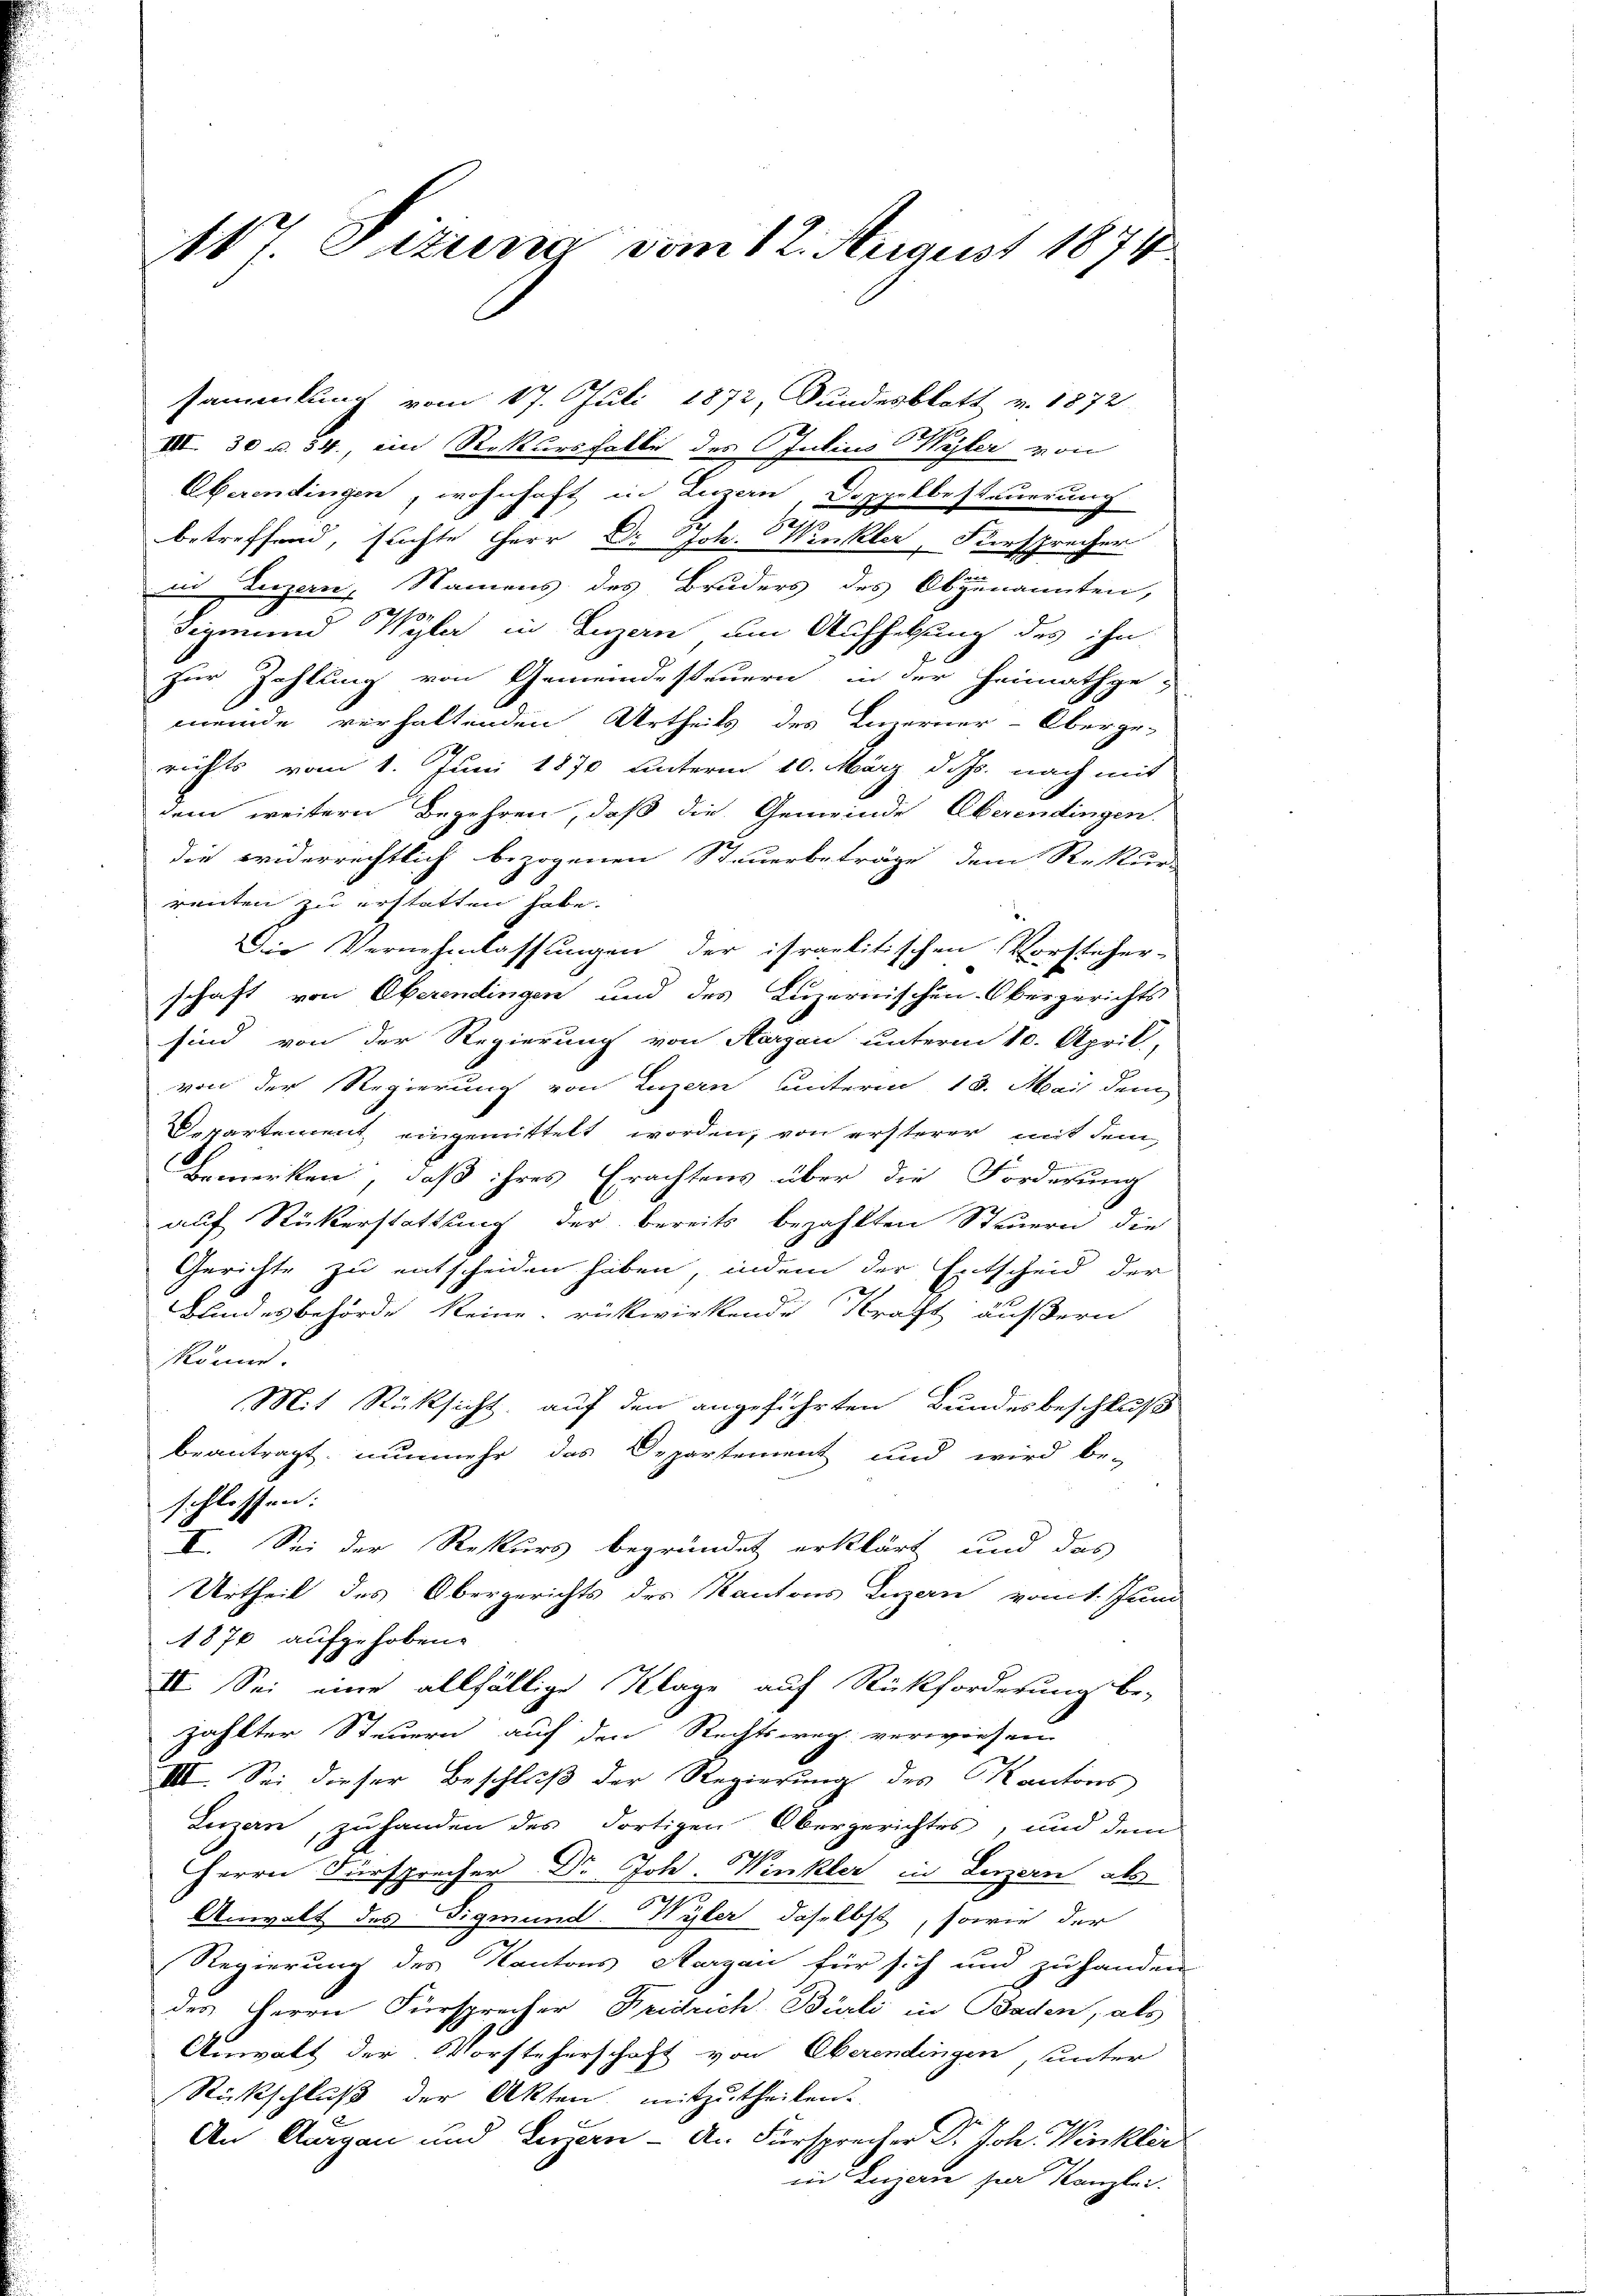
107. Dizung vom 12. August 1874

sammlung vom 17. Juli 1872, Bundesblatt v. 1872
III. 30 u. 34., von Rekursgatte des Julius Wyler von
Abeendingen, wohnhaft in Luzern Doppelbesteuerung
u
betreffend, suchte Herr Dr Joh. Winkler, Fürsprecher
in Luzern, Namens des Bruders des Obgenannten,
6
digen und Wyla in Luzern um Aufhelfung des ihn
zur Zahlung von Gemeindesteuern in der Heimathgemeinde verhaltenden Urtheils des Luzerner-Oberge-
richts vom 1. Juni 1870 unterm 10. März d. Js. nach mit
dem weitern Begehren, daß die Gemeinde Oberendingen.
die widerrechtlich bezogenen Steuerbeträge dem Rekur-
renten zu erstatten habe.
Die Vernehmlassungen der israelitischen Vorsteher-
schaft von Oberendingen und des Luzernischen Obergerichts
sind von der Regierung von Aargau unterm 10. April.
von der Regierung von Luzern unterm 13. Mai dem
Departement eingemittelt worden, von ersterer mit dem
Bemerken, daß ihres Erachtens über die Forderung
auf Rükerstattung der bereits bezahlten Steuern die
Gerichte zu entscheiden haben, indem der Entscheid der
Bundesbehörde keine rükwirkende Kraft äußern
könne.
Mit Rücksicht, auf den angeführten Bundesbeschluß
beantragt, nunmehr das Departement und wird be-
schlossen:
II. Sei der Rekurs begründet erklärt und das
Urtheil des Obergerichts des Kantons Luzern vom 1. Juni
1876 aufgehoben.
II. Sei eine allfällige Klage auf Rückforderung be-
zählter Steuern auf den Rechtsweg verwiesen
IIII. Sei dieser Beschluß der Regierung des Kantons
Luzern, zu handen des dortigen Obergerichtes, und dem
Herrn Fürsprecher Dr. Joh. Winkler in Luzern als
Anwalt des Sigmund. Wyler daselbst, sowie der
Regierung des Kantons Aargau für sich und zu handen
des Herrn Fürsprecher Fridrich Bärli in Baden, als
Anwalt der Vorsteherschaft von Oberendingen, unter
Rückschluß der Akten, mitzutheilen.
An Aargau und Leigern - An Fürsprecher Dr. Joh. Winkler
in Luzern herr Kanzlei.